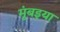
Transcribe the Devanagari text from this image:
मुंबइया